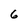
Character: 6